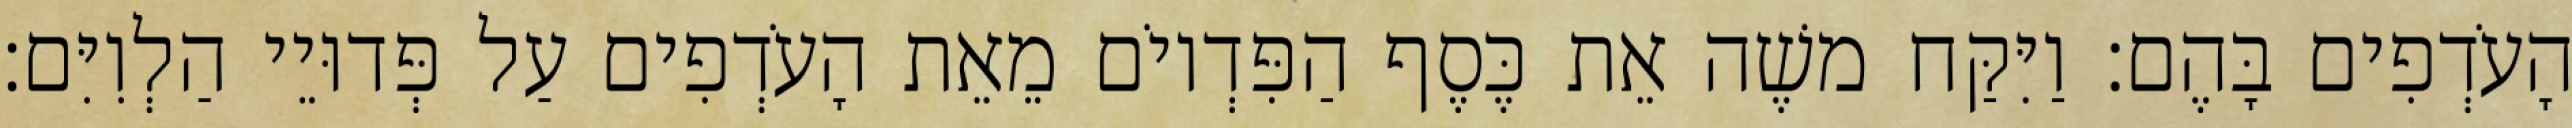
הָעֹדְפִים בָּהֶם׃ וַיִּקַּח משֶׁה אֵת כֶּסֶף הַפִּדְיוֹם מֵאֵת הָעֹדְפִים עַל פְּדוּיֵי הַלְוִיִּם׃